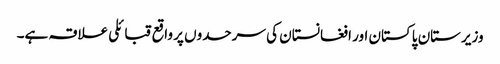
وزیرستان پاکستان اور افغانستان کی سرحدوں پر واقع قبائلی علاقہ ہے۔